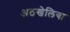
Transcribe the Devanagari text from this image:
अठखेलिया